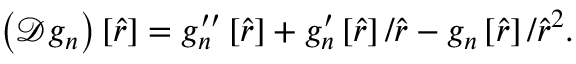
\left( \mathcal { D } g _ { n } \right) \left[ \hat { r } \right] = g _ { n } ^ { \prime \prime } \left[ \hat { r } \right] + g _ { n } ^ { \prime } \left[ \hat { r } \right] / \hat { r } - g _ { n } \left[ \hat { r } \right] / \hat { r } ^ { 2 } .